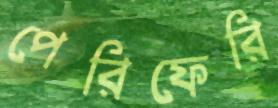
পেরিফেরি